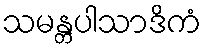
သမန္တပါသာဒိကံ